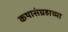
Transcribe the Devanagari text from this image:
कथासंग्रहाच्या